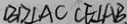
B D \bot A C C E \bot A B